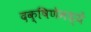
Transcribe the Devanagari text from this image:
दक्षिणेमध्यें